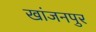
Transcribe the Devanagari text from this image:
खांजनपुर